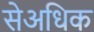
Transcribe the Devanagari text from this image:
सेअधिक